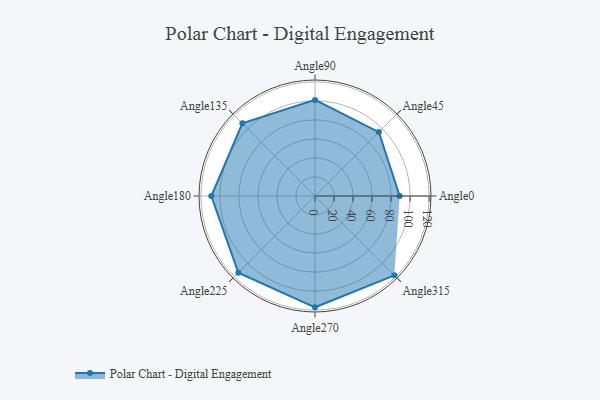
{"axis": {"x": "Angle", "y": "Radius"}, "legend": [""], "data": [{"x": "Angle0", "y": 89.0, "type": ""}, {"x": "Angle45", "y": 95.0, "type": ""}, {"x": "Angle90", "y": 101.0, "type": ""}, {"x": "Angle135", "y": 108.0, "type": ""}, {"x": "Angle180", "y": 109.0, "type": ""}, {"x": "Angle225", "y": 114.0, "type": ""}, {"x": "Angle270", "y": 117.0, "type": ""}, {"x": "Angle315", "y": 118.0, "type": ""}]}